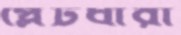
প্লেটধারী